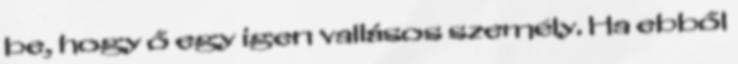
be, hogy ő egy igen vallásos személy. Ha ebből